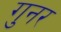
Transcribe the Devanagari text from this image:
गुनर